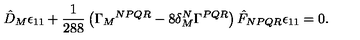
\hat { D } _ { M } \epsilon _ { 1 1 } + \frac 1 { 2 8 8 } \left( \Gamma _ { M } { } ^ { N P Q R } - 8 \delta _ { M } ^ { N } \Gamma ^ { P Q R } \right) \hat { F } _ { N P Q R } \epsilon _ { 1 1 } = 0 .